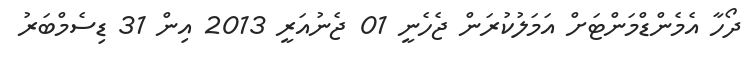
ދޯހާ އެމެންޑްމަންޓަށް އަމަލުކުރަން ޖެހެނީ 01 ޖެނުއަރީ 2013 އިން 31 ޑިސެމްބަރު